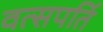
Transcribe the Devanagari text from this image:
वत्सपतिं